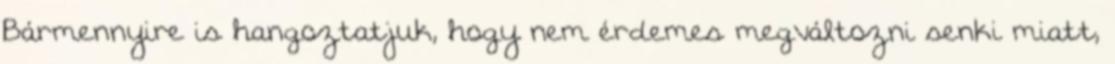
Bármennyire is hangoztatjuk, hogy nem érdemes megváltozni senki miatt,